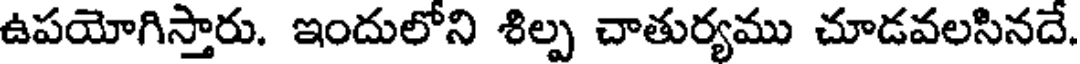
ఉపయోగిస్తారు. ఇందులోని శిల్ప చాతుర్యము చూడవలసినదే.